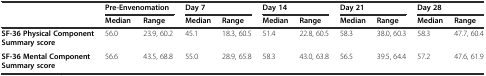
<table><thead><tr><td></td><td colspan="2"><b>Pre-Envenomation</b></td><td colspan="2"><b>Day 7</b></td><td colspan="2"><b>Day 14</b></td><td colspan="2"><b>Day 21</b></td><td colspan="2"><b>Day 28</b></td></tr><tr><td></td><td><b>Median</b></td><td><b>Range</b></td><td><b>Median</b></td><td><b>Range</b></td><td><b>Median</b></td><td><b>Range</b></td><td><b>Median</b></td><td><b>Range</b></td><td><b>Median</b></td><td><b>Range</b></td></tr></thead><tbody><tr><td><b>SF-36 Physical Component Summary score</b></td><td>56.0</td><td>23.9, 60.2</td><td>45.1</td><td>18.3, 60.5</td><td>51.4</td><td>22.8, 60.5</td><td>58.3</td><td>38.0, 60.3</td><td>58.3</td><td>47.7, 60.4</td></tr><tr><td><b>SF-36 Mental Component Summary score</b></td><td>56.6</td><td>43.5, 68.8</td><td>55.0</td><td>28.9, 65.8</td><td>58.3</td><td>43.0, 63.8</td><td>56.5</td><td>39.5, 64.4</td><td>57.2</td><td>47.6, 61.9</td></tr></tbody></table>